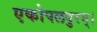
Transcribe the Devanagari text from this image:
एकोपलपुरम्।